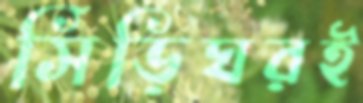
সিঁড়িঘরই